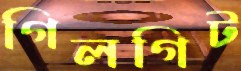
গিলগিট